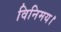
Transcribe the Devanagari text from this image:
विनिमय।